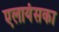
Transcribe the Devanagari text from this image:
एलायंसका